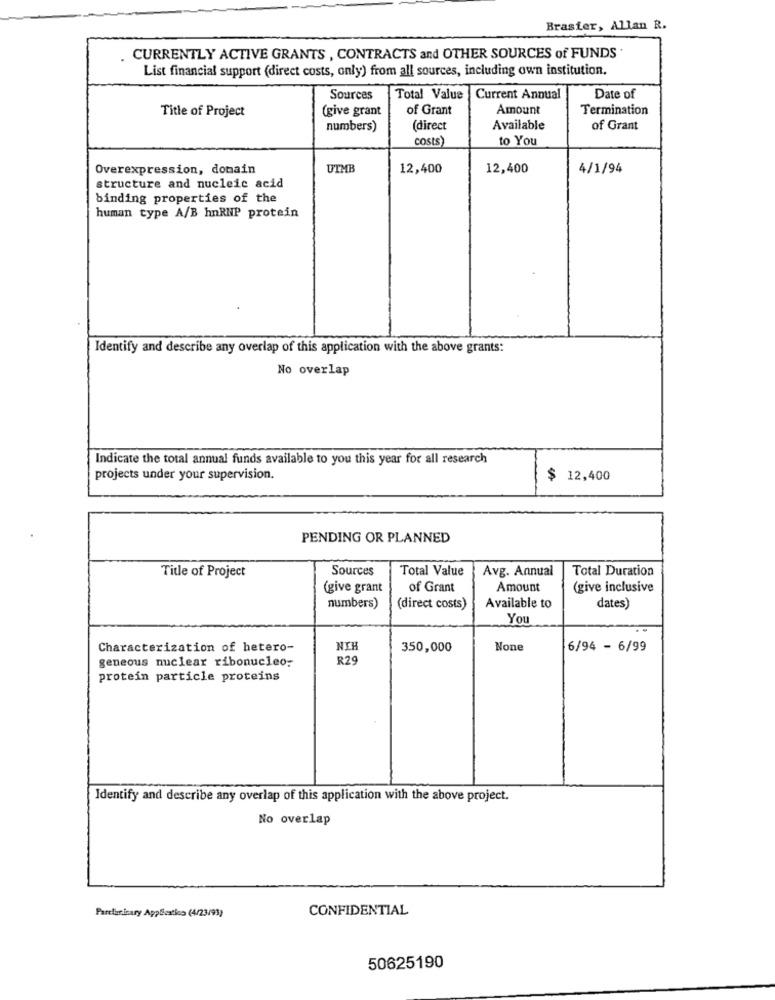
Brasier, Allan R.
CURRENTLY ACTIVE GRANTS , CONTRACTS and OTHER SOURCES of FUNDS
List financial support (direct costs, only) from all sources, including own institution.
Sources
Total Value
Current Annual
Date of
Title of Project
(give grant
of Grant
Amount
Termination
numbers)
(direct
Available
of Grant
costs
to You
Overexpression, domain
UTMB
12,400
12,400
4/1/94
structure and nucleic acid
binding properties of the
human type A/B hnRNP protein
Identify and describe any overlap of this application with the above grants:
No overlap
Indicate the total annual funds available to you this year for all research
projects under your supervision.
$
12,400
PENDING OR PLANNED
Title of Project
Sources
Total Value
Avg. Annual
Total Duration
(give grant
of Grant
Amount
(give inclusive
numbers)
(direct costs)
Available to
dates)
You
Characterization of hetero-
NIH
350,000
6/94 - 6/99
geneous nuclear ribonucleo.
R29
protein particle proteins
Identify and describe any overlap of this application with the above project.
No overlap
Parcluminary Application (4/23/93)
CONFIDENTIAL
50625190